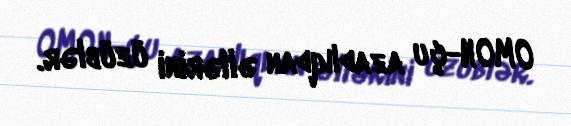
OMON-çu azadlıqdan əllərini üzüblər.